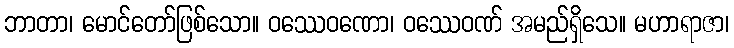
ဘာတာ၊ မောင်တော်ဖြစ်သော။ ဝဿေဝဏော၊ ဝဿေဝဏ် အမည်ရှိသေ။ မဟာရာဇာ၊